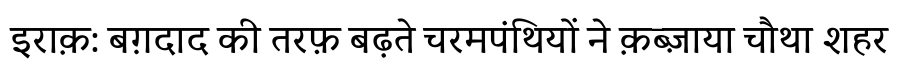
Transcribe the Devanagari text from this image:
इराक़: बग़दाद की तरफ़ बढ़ते चरमपंथियों ने क़ब्ज़ाया चौथा शहर